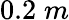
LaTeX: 0.2\; m